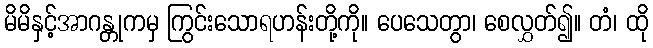
မိမိနှင့်အာဂန္တုကမှ ကြွင်းသောရဟန်းတို့ကို။ ပေသေတွာ၊ စေလွှတ်၍။ တံ၊ ထို